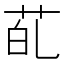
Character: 𮎲